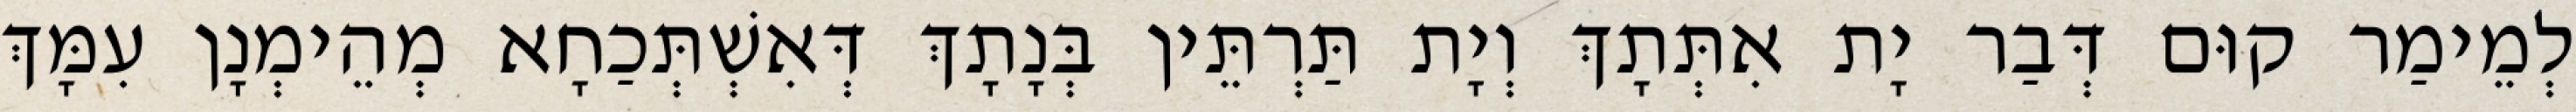
לְמֵימַר קוּם דְּבַר יָת אִתְּתָךְ וְיָת תַּרְתֵּין בְּנָתָךְ דְּאִשְׁתְּכַחָא מְהֵימְנָן עִמָּךְ